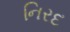
નિરદ